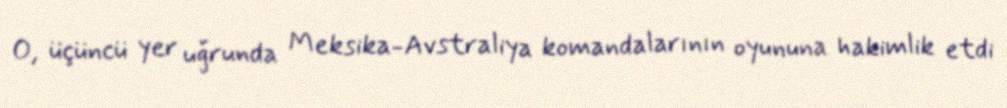
O, üçüncü yer uğrunda Meksika-Avstraliya komandalarının oyununa hakimlik etdi